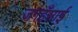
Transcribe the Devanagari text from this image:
जगहँसाई